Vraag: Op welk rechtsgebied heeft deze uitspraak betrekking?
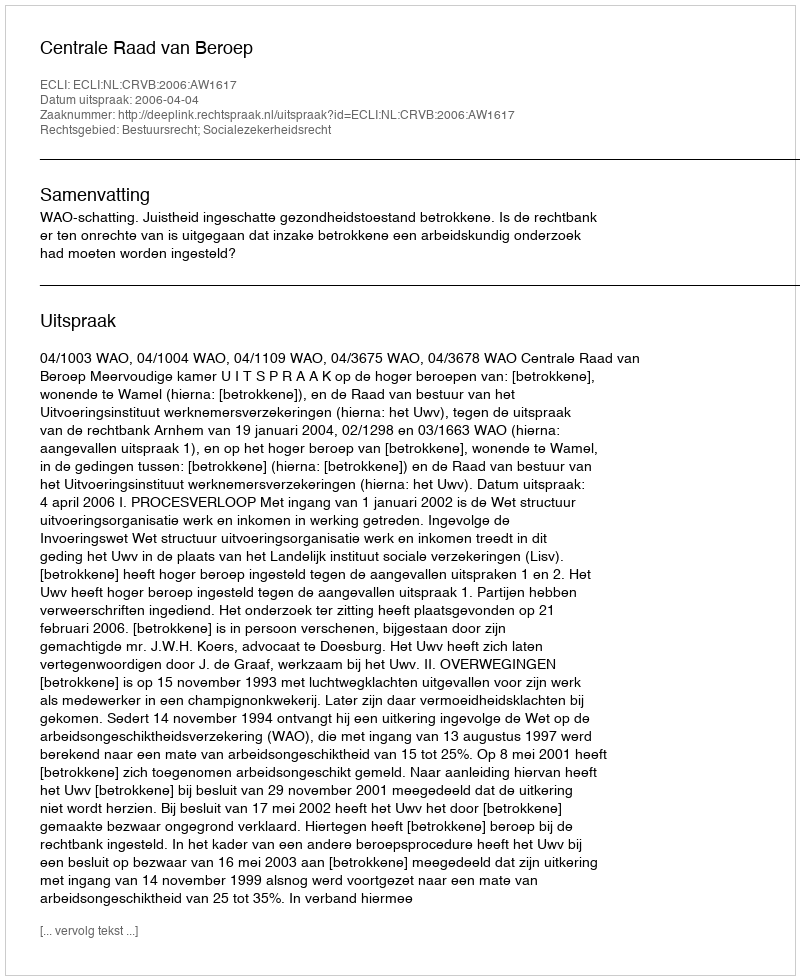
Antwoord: Bestuursrecht; Socialezekerheidsrecht